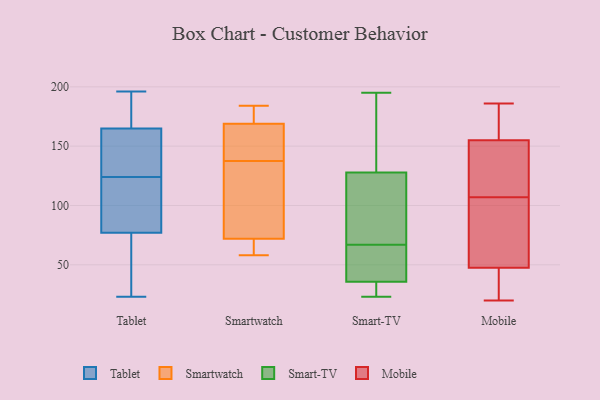
{"axis": {"x": "Budget (USD K)", "y": "Value"}, "legend": ["Mobile", "Smart-TV", "Smartwatch", "Tablet"], "data": [{"x": "", "y": 132, "type": "Tablet"}, {"x": "", "y": 147, "type": "Tablet"}, {"x": "", "y": 105, "type": "Tablet"}, {"x": "", "y": 100, "type": "Tablet"}, {"x": "", "y": 46, "type": "Tablet"}, {"x": "", "y": 79, "type": "Tablet"}, {"x": "", "y": 48, "type": "Tablet"}, {"x": "", "y": 143, "type": "Tablet"}, {"x": "", "y": 196, "type": "Tablet"}, {"x": "", "y": 162, "type": "Tablet"}, {"x": "", "y": 75, "type": "Tablet"}, {"x": "", "y": 193, "type": "Tablet"}, {"x": "", "y": 172, "type": "Tablet"}, {"x": "", "y": 116, "type": "Tablet"}, {"x": "", "y": 168, "type": "Tablet"}, {"x": "", "y": 23, "type": "Tablet"}, {"x": "", "y": 58, "type": "Smartwatch"}, {"x": "", "y": 184, "type": "Smartwatch"}, {"x": "", "y": 91, "type": "Smartwatch"}, {"x": "", "y": 72, "type": "Smartwatch"}, {"x": "", "y": 135, "type": "Smartwatch"}, {"x": "", "y": 148, "type": "Smartwatch"}, {"x": "", "y": 173, "type": "Smartwatch"}, {"x": "", "y": 140, "type": "Smartwatch"}, {"x": "", "y": 71, "type": "Smartwatch"}, {"x": "", "y": 169, "type": "Smartwatch"}, {"x": "", "y": 59, "type": "Smart-TV"}, {"x": "", "y": 42, "type": "Smart-TV"}, {"x": "", "y": 187, "type": "Smart-TV"}, {"x": "", "y": 23, "type": "Smart-TV"}, {"x": "", "y": 41, "type": "Smart-TV"}, {"x": "", "y": 31, "type": "Smart-TV"}, {"x": "", "y": 122, "type": "Smart-TV"}, {"x": "", "y": 128, "type": "Smart-TV"}, {"x": "", "y": 27, "type": "Smart-TV"}, {"x": "", "y": 122, "type": "Smart-TV"}, {"x": "", "y": 34, "type": "Smart-TV"}, {"x": "", "y": 127, "type": "Smart-TV"}, {"x": "", "y": 195, "type": "Smart-TV"}, {"x": "", "y": 67, "type": "Smart-TV"}, {"x": "", "y": 145, "type": "Smart-TV"}, {"x": "", "y": 50, "type": "Mobile"}, {"x": "", "y": 125, "type": "Mobile"}, {"x": "", "y": 107, "type": "Mobile"}, {"x": "", "y": 46, "type": "Mobile"}, {"x": "", "y": 49, "type": "Mobile"}, {"x": "", "y": 121, "type": "Mobile"}, {"x": "", "y": 176, "type": "Mobile"}, {"x": "", "y": 107, "type": "Mobile"}, {"x": "", "y": 46, "type": "Mobile"}, {"x": "", "y": 46, "type": "Mobile"}, {"x": "", "y": 149, "type": "Mobile"}, {"x": "", "y": 161, "type": "Mobile"}, {"x": "", "y": 165, "type": "Mobile"}, {"x": "", "y": 58, "type": "Mobile"}, {"x": "", "y": 20, "type": "Mobile"}, {"x": "", "y": 186, "type": "Mobile"}]}